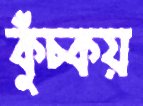
কুঁচ্‌কয়